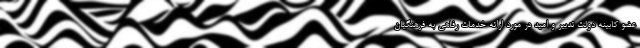
عضو کابینه دولت تدبیر و امید در مورد ارائه خدمات رفاهی به فرهنگیان